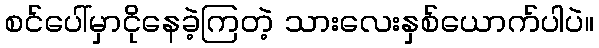
စင်ပေါ်မှာငိုနေခဲ့ကြတဲ့ သားလေးနှစ်ယောက်ပါပဲ။